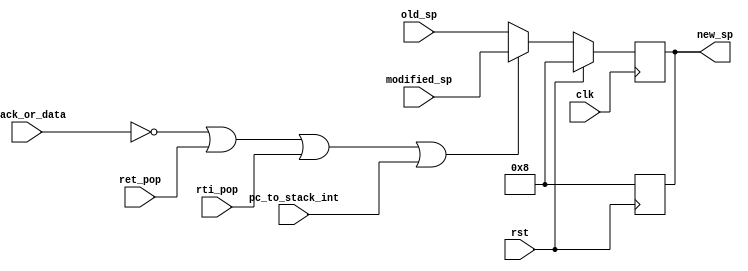
module sp_mux(old_sp,modified_sp,stack_or_data,rti_pop,ret_pop,pc_to_stack_int,clk,rst,new_sp);
input [31:0] old_sp;
input [31:0] modified_sp;
input stack_or_data,pc_to_stack_int,rti_pop,ret_pop,clk,rst;
output reg[31:0] new_sp;


always@(posedge rst)begin //need to check it from TA
	new_sp= 32'b0000_0000_0000_0000_0000_0000_0000_1000;
end

always@(posedge clk) begin 
	if(!rst)
		new_sp=(stack_or_data==0 || ret_pop==1 ||rti_pop==1|| pc_to_stack_int==1)
				?modified_sp
				:old_sp;
	else
		new_sp= 32'b0000_0000_0000_0000_0000_0000_0000_1000;
end
endmodule